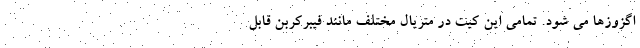
اگزوزها می شود. تمامی این کیت در متریال مختلف مانند فیبرکربن قابل